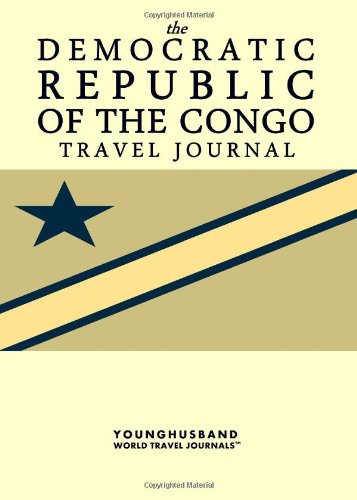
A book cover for The Democratic Republic of the Congo Travel Journal; Younghusband World Travel Journals; Travel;